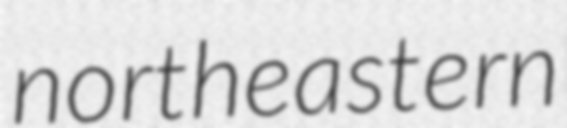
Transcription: northeastern